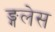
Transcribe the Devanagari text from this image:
ङ्गलेस